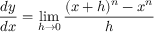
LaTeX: { \frac { d y } { d x } } = \operatorname* { l i m } _ { h \to 0 } { \frac { ( x + h ) ^ { n } - x ^ { n } } { h } }